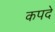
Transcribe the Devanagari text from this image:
कपदे